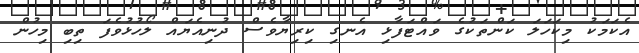
އެކަމަކު މިކަހަލަ ކަންތަކުގެ ވައްޓަފާޅި އެނގި ކިރިޔާވެސް ދުނިއެޔައް ލޯހުޅުވެފަ ތިބި މިހުން